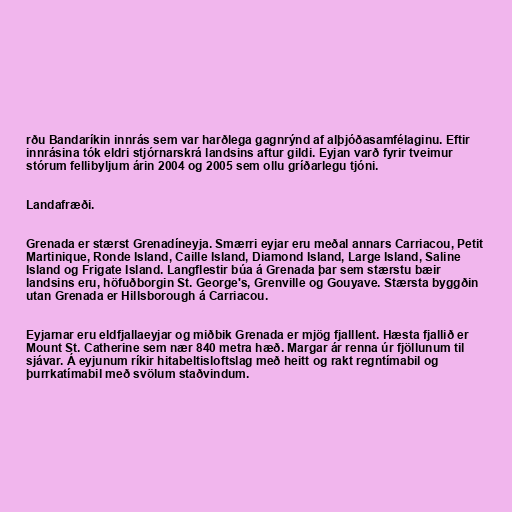
rðu Bandaríkin innrás sem var harðlega gagnrýnd af alþjóðasamfélaginu. Eftir
innrásina tók eldri stjórnarskrá landsins aftur gildi. Eyjan varð fyrir tveimur
stórum fellibyljum árin 2004 og 2005 sem ollu gríðarlegu tjóni.

Landafræði.

Grenada er stærst Grenadíneyja. Smærri eyjar eru meðal annars Carriacou, Petit
Martinique, Ronde Island, Caille Island, Diamond Island, Large Island, Saline
Island og Frigate Island. Langflestir búa á Grenada þar sem stærstu bæir
landsins eru, höfuðborgin St. George's, Grenville og Gouyave. Stærsta byggðin
utan Grenada er Hillsborough á Carriacou.

Eyjarnar eru eldfjallaeyjar og miðbik Grenada er mjög fjalllent. Hæsta fjallið er
Mount St. Catherine sem nær 840 metra hæð. Margar ár renna úr fjöllunum til
sjávar. Á eyjunum ríkir hitabeltisloftslag með heitt og rakt regntímabil og
þurrkatímabil með svölum staðvindum.